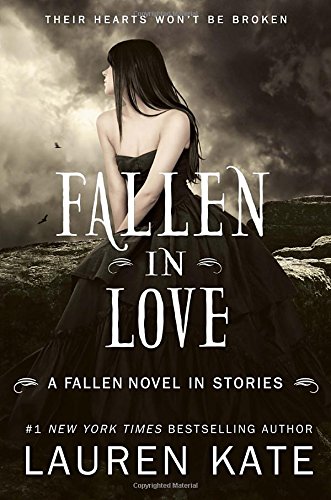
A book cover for Fallen in Love; Lauren Kate; Teen & Young Adult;